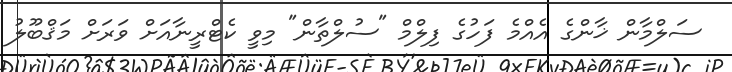
ސަލްމާން ޚާންގެ އެއްމެ ފަހުގެ ފިލްމް "ސުލްތާން" މިވީ ކެޓްރީނާއަށް ވަރަށް މަޤްބޫލު